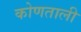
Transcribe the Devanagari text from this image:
कोणताली